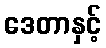
ဒေတာနှင့်